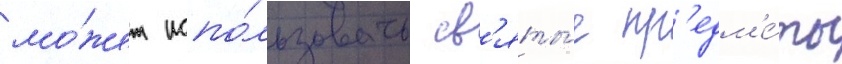
мо́жет испо́льзовать св'яты́е пр'едм'е́ты